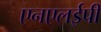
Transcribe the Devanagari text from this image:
एनएलईपी